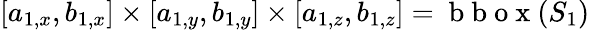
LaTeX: [a_{1,x},b_{1,x}]\times[a_{1,y},b_{1,y}]\times[a_{1,z},b_{1,z}]=\mathrm{~b~b~o~x~}(S_{1})